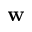
\mathbf { w }